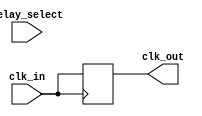
module delay_clock_buffer (
    input wire clk_in,           // Input clock
    input wire [2:0] delay_select, // 3-bit control for delay selection
    output reg clk_out           // Delayed output clock
);

    // Internal signals for delayed clock stages
    reg [3:0] clk_delayed; // 4 stages of delayed clock
    wire clk_buffered [0:3]; // Array of buffered clocks

    // Instantiate buffers for different delay stages
    assign clk_buffered[0] = clk_in;                  // No delay
    assign clk_buffered[1] = clk_buffered[0];        // 1 clock period delay
    assign clk_buffered[2] = clk_buffered[1];        // 2 clock periods delay
    assign clk_buffered[3] = clk_buffered[2];        // 3 clock periods delay

    // Generate output clock based on delay selection
    always @(posedge clk_in) begin
        case (delay_select)
            3'b000: clk_out <= clk_buffered[0]; // No delay
            3'b001: clk_out <= clk_buffered[1]; // 1 clock period delay
            3'b010: clk_out <= clk_buffered[2]; // 2 clock periods delay
            3'b011: clk_out <= clk_buffered[3]; // 3 clock periods delay
            default: clk_out <= clk_buffered[0]; // Default to no delay
        endcase
    end

endmodule